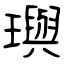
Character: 璵